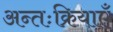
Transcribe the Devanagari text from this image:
अन्तःक्रियाएँ